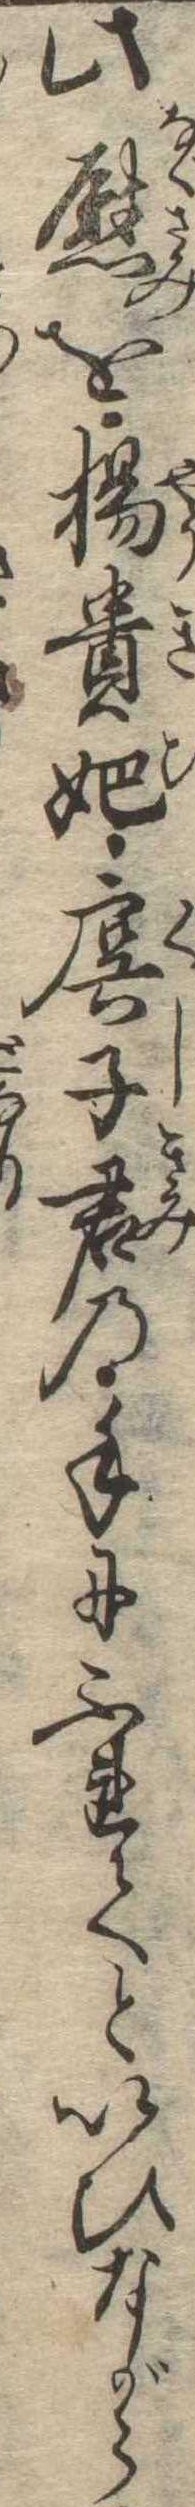
此慰を楊貴妃虞子君の手にふれてといひながら